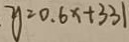
y = 0 . 6 x + 3 3 1